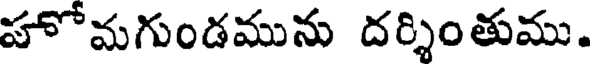
హోమగుండమును దర్శింతుము.